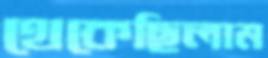
থেকেছিলাম